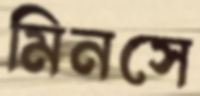
মিনসে